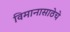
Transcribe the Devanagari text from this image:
विमानासाठेचे